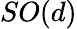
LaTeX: SO(d)